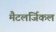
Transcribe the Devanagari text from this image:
मैटलर्जिकल